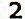
2